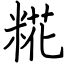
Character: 糀